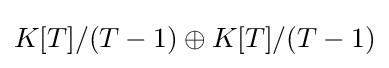
K[T]/(T-1)\oplus K[T]/(T-1)